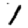
Digit: 1